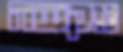
נוקשה